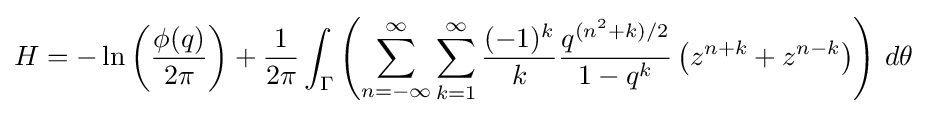
H=-\ln \left({\frac {\phi (q)}{2\pi }}\right)+{\frac {1}{2\pi }}\int _{\Gamma }\left(\sum _{n=-\infty }^{\infty }\sum _{k=1}^{\infty }{\frac {(-1)^{k}}{k}}{\frac {q^{(n^{2}+k)/2}}{1-q^{k}}}\left(z^{n+k}+z^{n-k}\right)\right)\,d\theta